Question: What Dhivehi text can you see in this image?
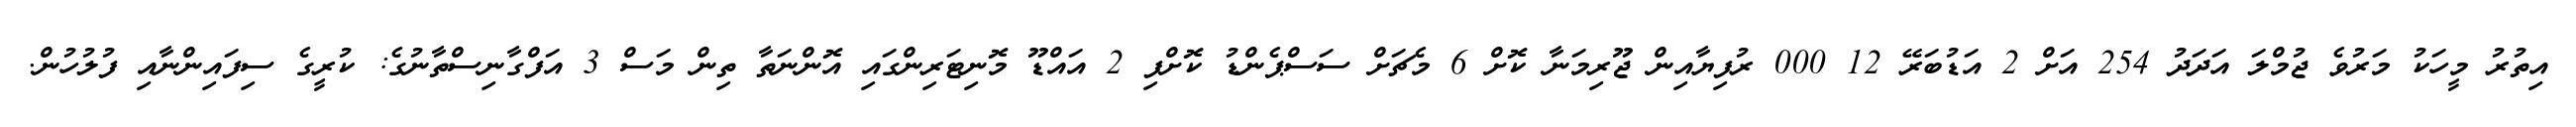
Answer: އިތުރު މީހަކު މަރުވެ ޖުމްލަ އަދަދު 254 އަށް 2 އަޑުބަރޭ 12 000 ރުފިޔާއިން ޖޫރިމަނާ ކޮށް 6 މެޗަށް ސަސްޕެންޑު ކޮށްފި 2 އައްޑޫ މޮނިޓަރިންގައި އޮންނަތާ ތިން މަސް 3 އަފްގާނިސްތާނުގެ: ކުރީގެ ސިފައިންނާއި ފުލުހުން.